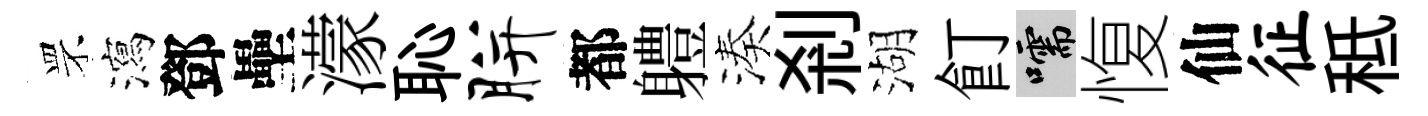
罘瀉鄧壘濛恥胼都軆湊剎湖飣嚅愎仙征秪